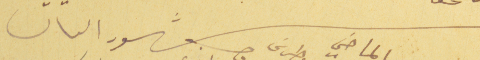
شهود الحال